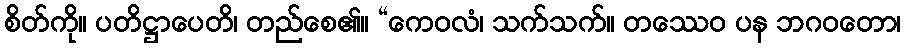
စိတ်ကို။ ပတိဋ္ဌာပေတိ၊ တည်စေ၏။ “ကေဝလံ၊ သက်သက်။ တဿေဝ ပန ဘဂဝတော၊